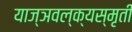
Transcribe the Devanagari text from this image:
याज्ञवल्क्यस्मृती